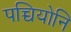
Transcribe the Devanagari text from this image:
पच्चियोनि